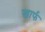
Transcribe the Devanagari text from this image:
खार्फ